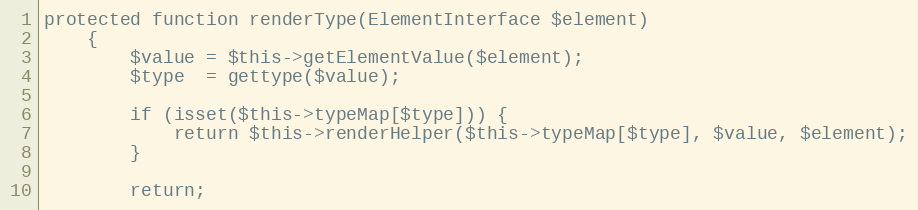
Language: PHP
protected function renderType(ElementInterface $element)
    {
        $value = $this->getElementValue($element);
        $type  = gettype($value);

        if (isset($this->typeMap[$type])) {
            return $this->renderHelper($this->typeMap[$type], $value, $element);
        }

        return;